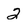
Character: 2